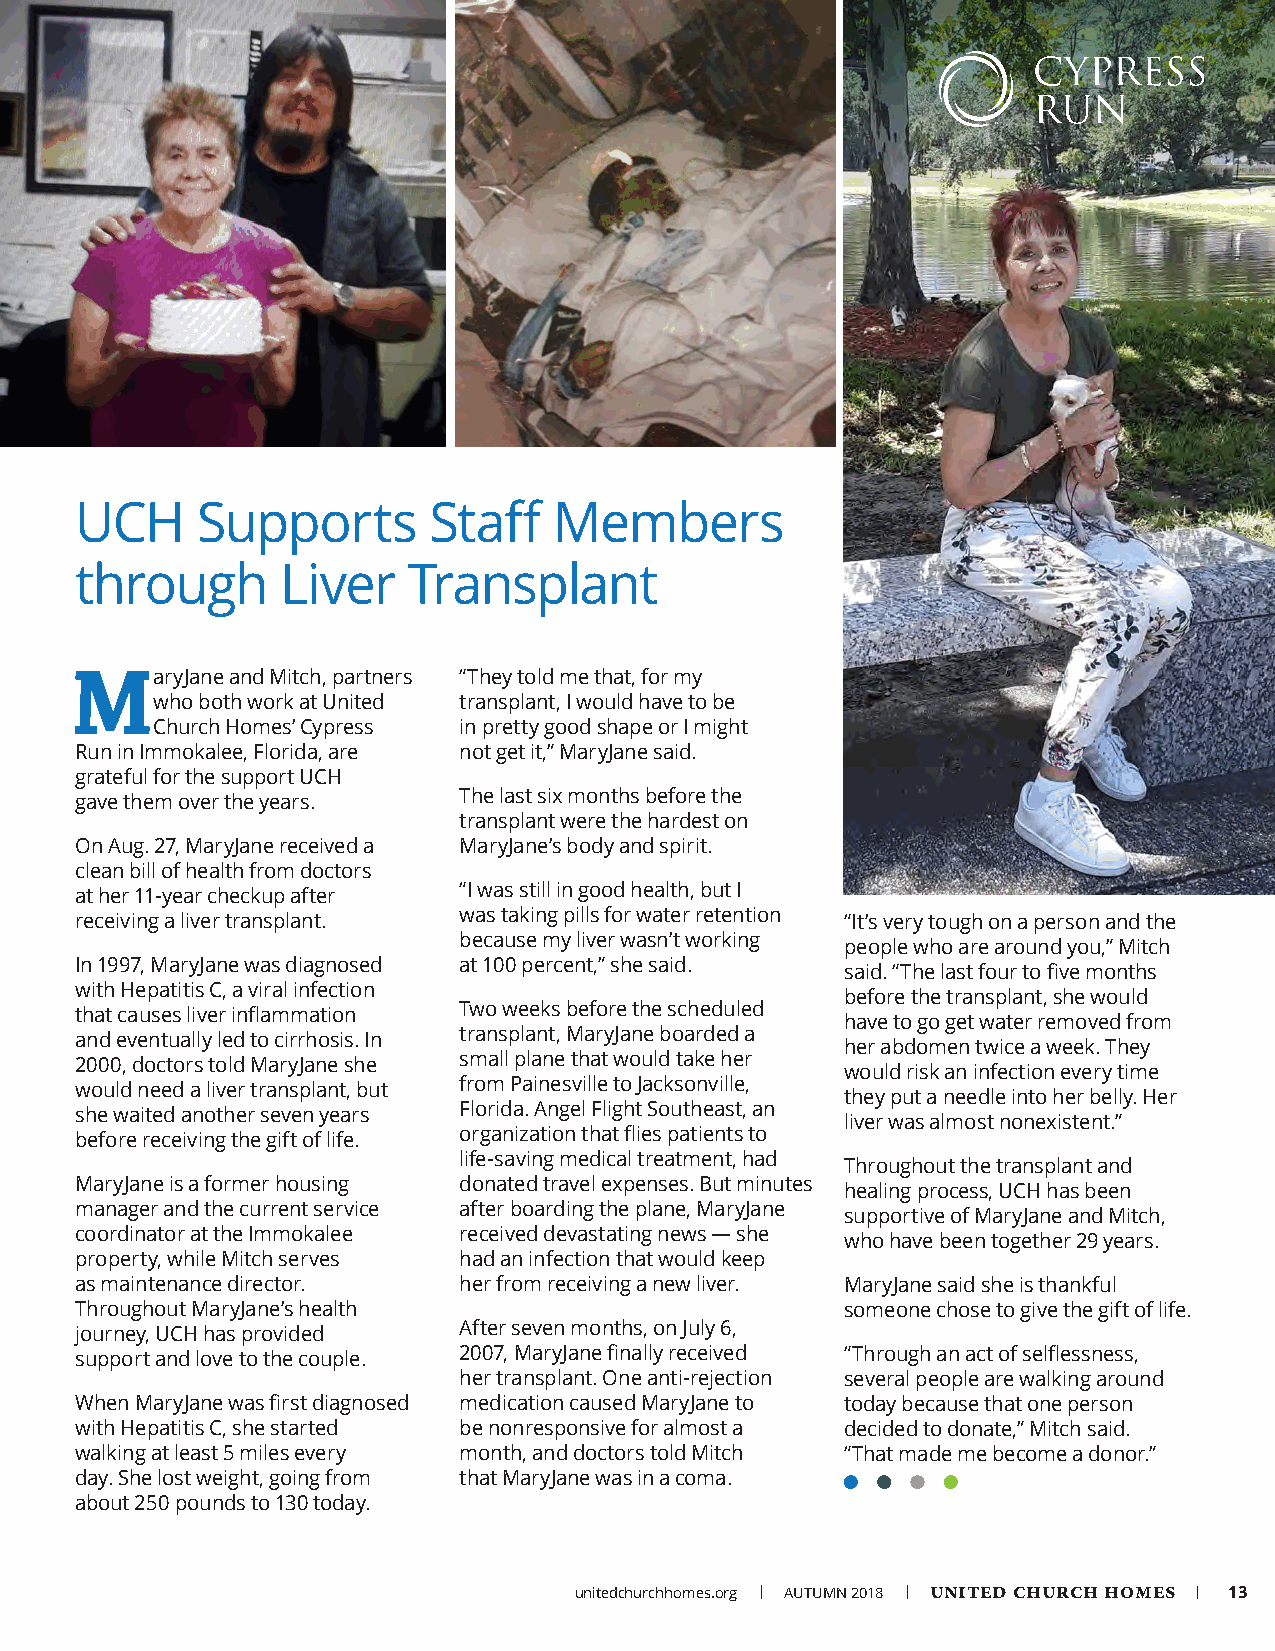
UCH     Supports       Staff    Members
 through       Liver   Transplant
 MaryJane  and Mitch, partners “They told me that, for my
 who both work at United transplant, I would have to be
 Church Homes’ Cypress in pretty good shape or I might
 Run in Immokalee, Florida, are not get it,” MaryJane said.
 grateful for the support UCH
 gave them over the years. The last six months before the
 transplant were the hardest on
 On Aug. 27, MaryJane received a MaryJane’s body and spirit.
 clean bill of health from doctors
 at her 11-year checkup after “I was still in good health, but I
 receiving a liver transplant. was taking pills for water retention “It’s very tough on a person and the
 because my liver wasn’t working
 people who are around you,” Mitch
 In 1997, MaryJane was diagnosed at 100 percent,” she said.
 said. “The last four to five months
 with Hepatitis C, a viral infection
 before the transplant, she would
 that causes liver inflammation Two weeks before the scheduled
 have to go get water removed from
 and eventually led to cirrhosis. In transplant, MaryJane boarded a
 her abdomen twice a week. They
 2000, doctors told MaryJane she small plane that would take her
 would risk an infection every time
 would need a liver transplant, but from Painesville to Jacksonville,
 they put a needle into her belly. Her
 she waited another seven years Florida. Angel Flight Southeast, an
 liver was almost nonexistent.”
 before receiving the gift of life. organization that flies patients to
 life-saving medical treatment, had
 Throughout the transplant and
 MaryJane is a former housing donated travel expenses. But minutes
 healing process, UCH has been
 manager and the current service after boarding the plane, MaryJane
 supportive of MaryJane and Mitch,
 coordinator at the Immokalee received devastating news — she
 who have been together 29 years.
 property, while Mitch serves had an infection that would keep
 as maintenance director. her from receiving a new liver. MaryJane said she is thankful
 Throughout MaryJane’s health                       someone chose to give the gift of life.
 journey, UCH has provided After seven months, on July 6,
 support and love to the couple. 2007, MaryJane finally received “Through an act of selflessness,
 her transplant. One anti-rejection several people are walking around
 When MaryJane was first diagnosed medication caused MaryJane to today because that one person
 with Hepatitis C, she started be nonresponsive for almost a decided to donate,” Mitch said.
 walking at least 5 miles every month, and doctors told Mitch “That made me become a donor.”
 day. She lost weight, going from that MaryJane was in a coma.
 about 250 pounds to 130 today.
 unitedchurchhomes.org | AUTUMN 2018 | UNITED CHURCH HOMES | 13